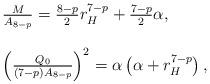
LaTeX: \begin{align*}\begin{array}{l}\frac{M}{A_{8-p}}=\frac{8-p}{2}r_{H}^{7-p}+\frac{7-p}{2}\alpha,\\\\\left(\frac{Q_{0}}{(7-p)A_{8-p}}\right)^{2}=\alpha \left(\alpha+r_{H}^{7-p}\right),\end{array}\end{align*}